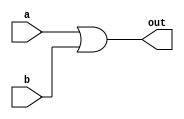
module OR(a, b, out);
  input  a, b;
  output out;
  assign out = a | b;


endmodule